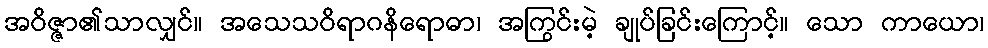
အဝိဇ္ဇာ၏သာလျှင်။ အသေသဝိရာဂနိရောဓာ၊ အကြွင်းမဲ့ ချုပ်ခြင်းကြောင့်။ သော ကာယော၊